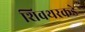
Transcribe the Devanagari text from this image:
शिवथरकडे